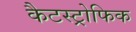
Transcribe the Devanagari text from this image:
कैटस्ट्रोफिक